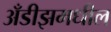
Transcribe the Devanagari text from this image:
अँडीझमधील